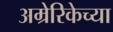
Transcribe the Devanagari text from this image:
अम्रेरिकेच्या